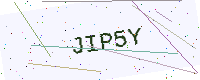
Text: JIP5Y